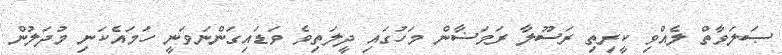
ޞަލަވާތް ލެއްވި ކީރިތި ރަސޫލާ ރަމަޟާން މަހުގައި ދީލަތިވެ ވަޑައިގަންނަވަނީ ހަމައެކަނި މުދަލުން